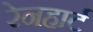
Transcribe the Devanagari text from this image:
रेनहार्ट